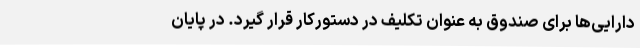
دارایی‌ها برای صندوق به عنوان تکلیف در دستورکار قرار گیرد. در پایان